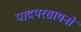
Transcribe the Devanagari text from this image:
पादपरसायनों